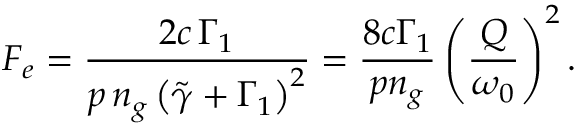
F _ { e } = \frac { 2 c \, \Gamma _ { 1 } } { p \, n _ { g } \left( \tilde { \gamma } + \Gamma _ { 1 } \right) ^ { 2 } } = \frac { 8 c \Gamma _ { 1 } } { p n _ { g } } \left( \frac { Q } { \omega _ { 0 } } \right) ^ { 2 } .